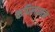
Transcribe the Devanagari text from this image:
कपिलानन